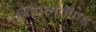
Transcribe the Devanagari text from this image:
गिप्प्सलैण्ड